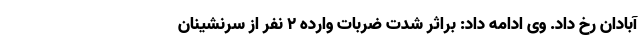
آبادان رخ داد. وی ادامه داد: براثر شدت ضربات وارده ۲ نفر از سرنشینان